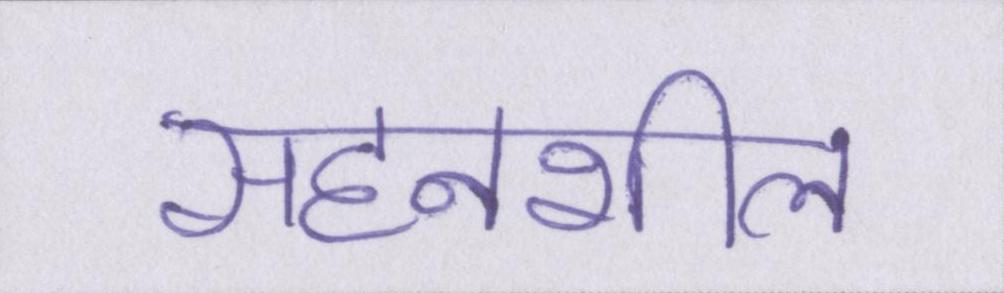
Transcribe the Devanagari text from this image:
सहनशील